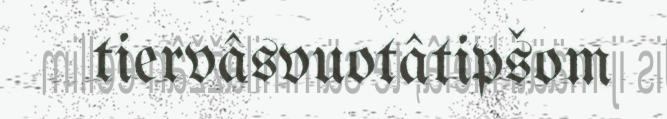
tiervâsvuotâtipšom